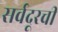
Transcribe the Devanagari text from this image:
सर्वदूरची